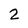
Character: 2